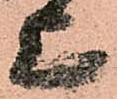
上